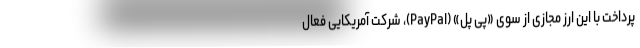
پرداخت با این ارز مجازی از سوی «پی پل» (PayPal)، شرکت آمریکایی فعال